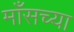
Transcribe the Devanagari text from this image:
माँसच्या